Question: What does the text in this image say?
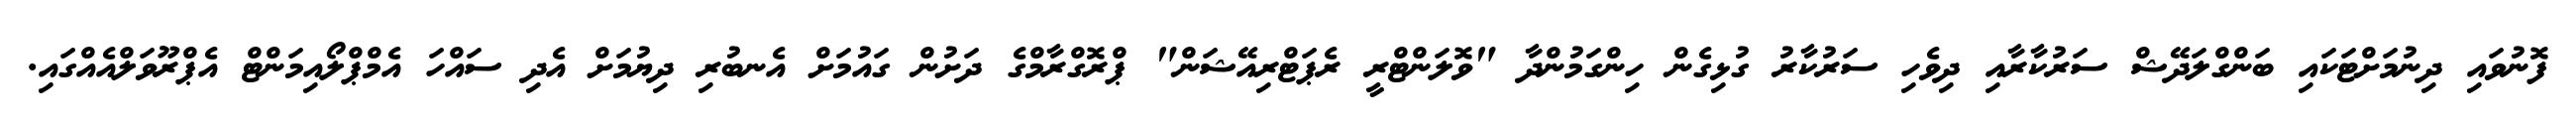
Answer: ފޮނުވައި ދިނުމަށްޓަކައި ބަންގްލަދޭޝް ސަރުކާރާއި ދިވެހި ސަރުކާރު ގުޅިގެން ހިންގަމުންދާ "ވޮލަންޓްރީ ރެޕަޓްރިއޭޝަން" ޕްރޮގްރާމްގެ ދަށުން ގައުމަށް އެނބުރި ދިޔުމަށް އެދި ސައްހަ އެމްޕްލޯއިމަންޓް އެޕްރޫވަލްއެއްގައި.